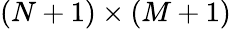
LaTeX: (N+1)\times(M+1)